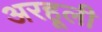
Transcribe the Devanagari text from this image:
अरहूली